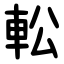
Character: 䡆